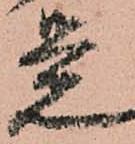
覚